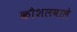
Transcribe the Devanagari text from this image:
कौशलवाले